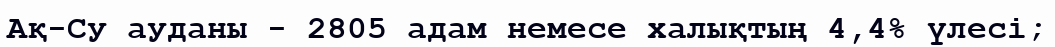
Ақ-Су ауданы - 2805 адам немесе халықтың 4,4% үлесі;